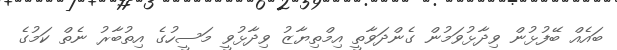
ބައެއް ބޭފުޅުން ވިދާޅުވަމުން ގެންދަވާތީ އިމްތިޔާޒު ވިދާޅުވީ މަސީހުގެ އިތުބާރު ނެތް ކަމުގެ